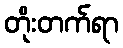
တိုးတက်ရာ